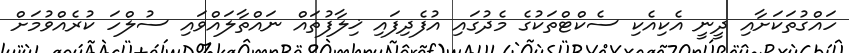
ހައްގުތަކަށާއި ދީނީ އެކިއެކި ސެކްޓްތަކުގެ މެދުގައި އުފެދިފައި ޚިލާފުތައް ނައްތާލައްވައި ސުލްހަ ކުރެއްވުމަށް